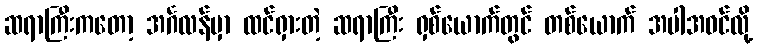
ဆရာကြီးကတော့ အင်္ဂလန်မှာ ထင်ရှားတဲ့ ဆရာကြီး ရှစ်ယောက်တွင် တစ်ယောက် အပါအဝင်လို့